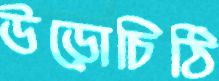
উড়োচিঠি